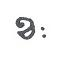
ខៈ